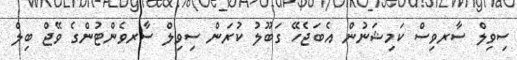
ސިވިލް ސާރވިސް ކަމިޝަނުން އެބަޖެހޭ ގަބޫލު ކުރަން ސިވިލް ސާރވެންޓުންގެ ވޭޖް ބިލް